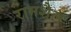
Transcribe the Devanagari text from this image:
रामशैल